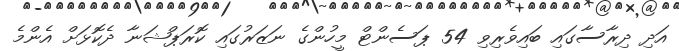
އަދި ދިރާސާގައި ބައިވެރިވި 54 ޕަސެންޓް މީހުންގެ ނަޒަރުގައި ކޮރަޕްޝަނާ ދެކޮޅަށް އެންމެ